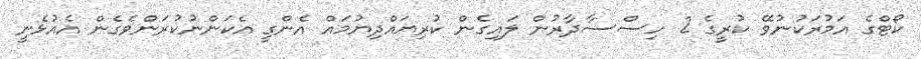
ކޯޓްގެ އަމުރަކުނުވޭ ކުރީގެ 2 ހިސްސާދާރުން ލައިގެން ކުރިޔައްދިޔުމައް އެންގީ އެކަންނުކުރަންވެގެން އެއުޅެނީ